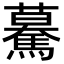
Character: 驀